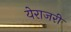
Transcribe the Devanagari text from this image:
येराजरी